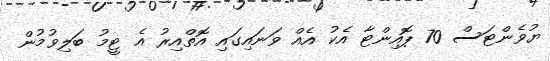
ޔުވެންޓަސް 70 ޕޮއިންޓާ އެކު އެއް ވަނައިގައި އޮތްއިރު އެ ޓީމު ބަލިވުމުން